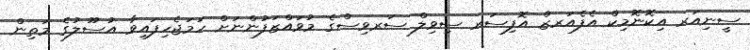
ސީނިއަރ އިކޮނޮމިކް އެފެއަރޒް އޮފިސަރ ސިވިލް ސަރވިސްގެ މުވައްޒަފުންނަށް ހަމަޖެހިފައިވާ އުސޫލުގެ މަތިން